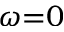
\omega { = } 0